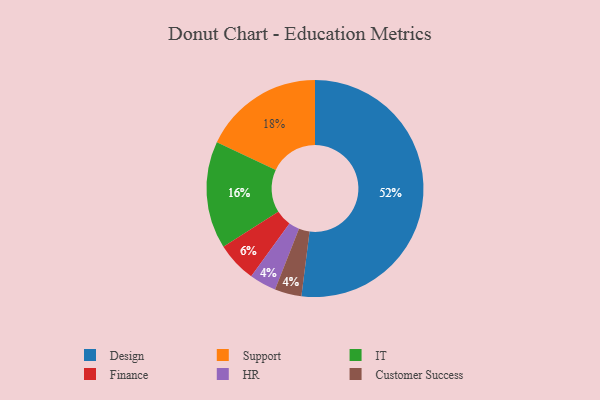
{"axis": {"x": "Category", "y": "Percentage"}, "legend": ["Customer Success", "Design", "Finance", "HR", "IT", "Support"], "data": [{"x": "IT", "y": 16, "type": "IT"}, {"x": "Support", "y": 18, "type": "Support"}, {"x": "HR", "y": 4, "type": "HR"}, {"x": "Design", "y": 52, "type": "Design"}, {"x": "Customer Success", "y": 4, "type": "Customer Success"}, {"x": "Finance", "y": 6, "type": "Finance"}]}